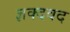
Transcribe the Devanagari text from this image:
ज्ञक्दवद